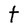
Character: t